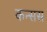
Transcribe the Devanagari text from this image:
कन्सस